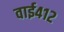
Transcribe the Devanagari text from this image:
वाई४१२